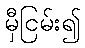
မှီငြမ်း၍